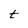
Character: t